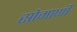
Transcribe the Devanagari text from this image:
सोमाणी